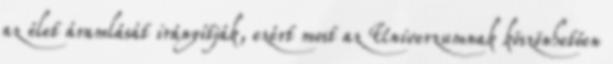
az élet áramlását irányítják, ezért most az Univerzumnak köszönhetően